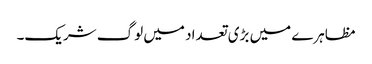
مظاہرے میں بڑی تعداد میں لوگ شریک۔